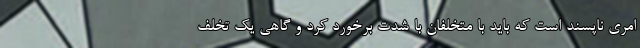
امری ناپسند است که باید با متخلفان با شدت برخورد کرد و گاهی یک تخلف